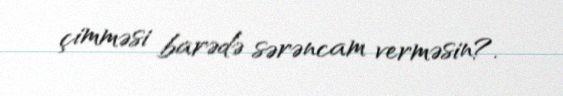
çimməsi barədə sərəncam verməsin?.